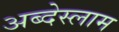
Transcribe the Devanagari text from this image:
अब्देस्लाम